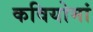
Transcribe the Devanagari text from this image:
कवियोमां